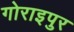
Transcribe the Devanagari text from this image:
गोराइपुर